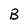
Character: B